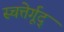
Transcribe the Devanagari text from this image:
स्चत्तेर्गूद्